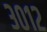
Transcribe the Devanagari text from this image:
३०१२